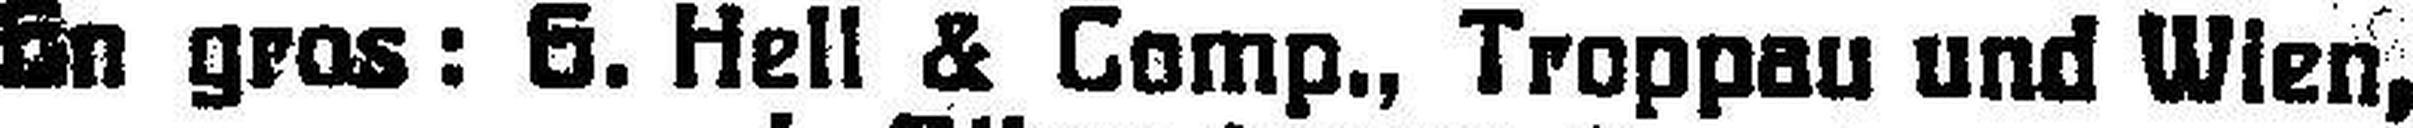
En gros: 6. Hell & Comp., Troppau und Wien,